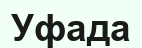
Уфада